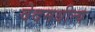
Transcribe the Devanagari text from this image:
वेदमधीत्य